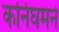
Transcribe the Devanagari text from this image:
कनिंघमने